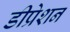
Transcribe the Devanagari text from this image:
डीप्रेशन